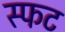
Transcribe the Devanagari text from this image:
स्फट